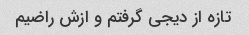
تازه از دیجی گرفتم و ازش راضیم